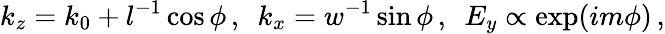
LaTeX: k_{z}=k_{0}+l^{-1}\cos\phi\, ,~~k_{x}=w^{-1}\sin\phi\, ,~~E_{y}\propto\exp(im\phi)\, ,